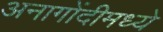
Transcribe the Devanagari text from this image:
अनागोंदीमध्ये